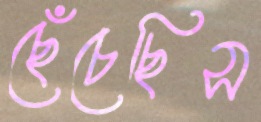
ছেঁচেছিস